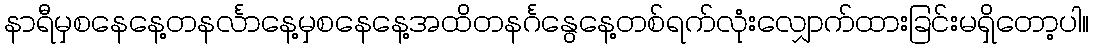
နာရီမှစနေနေ့တနင်္လာနေ့မှစနေနေ့အထိတနင်္ဂနွေနေ့တစ်ရက်လုံးလျှောက်ထားခြင်းမရှိတော့ပါ။